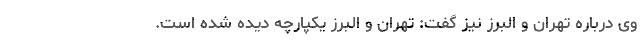
وی درباره تهران و البرز نیز گفت: تهران و البرز یکپارچه دیده شده است.